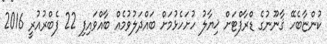
ކުންޏާބެހޭ ޤާނޫނުގެ ޑްރާފްޓަށް ޚިޔާލު ހުށަހެޅުމަށް ބައްދަލުވުމެއް ބާއްވައިފި 22 ފެބްރުއުރީ 2016